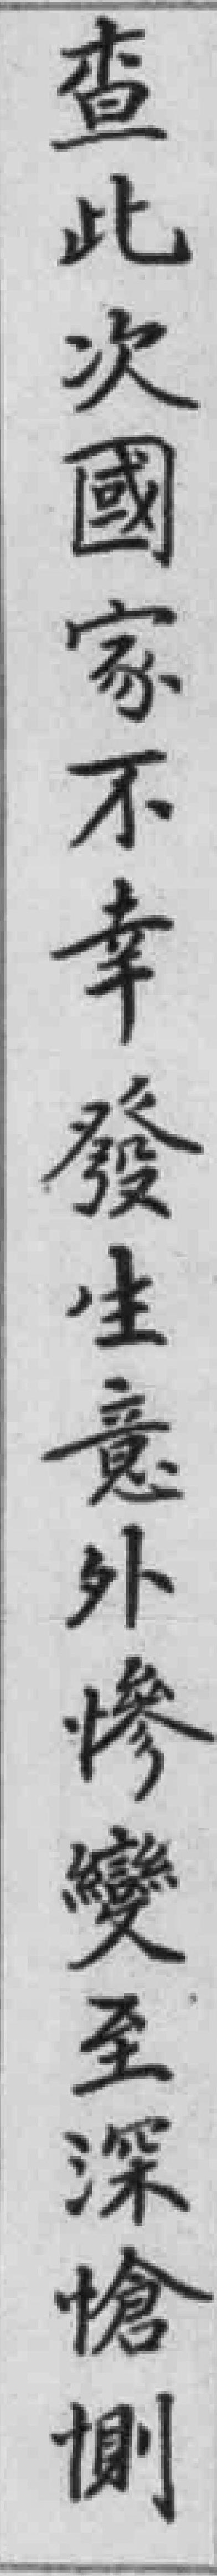
查此次國家不幸發生意外慘變至深槍側